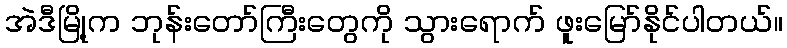
အဲဒီမြို့က ဘုန်းတော်ကြီးတွေကို သွားရောက် ဖူးမြော်နိုင်ပါတယ်။